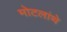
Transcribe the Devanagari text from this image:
मोटलांथे